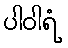
ပါဝါရံ